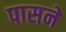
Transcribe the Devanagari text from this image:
पासने